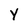
Character: Y